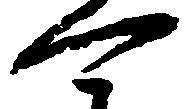
可